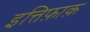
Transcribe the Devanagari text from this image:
इत्तिफ़ाक़